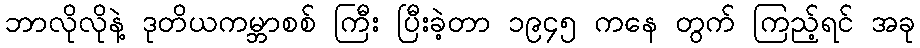
ဘာလိုလိုနဲ့ ဒုတိယကမ္ဘာစစ် ကြီး ပြီးခဲ့တာ ၁၉၄၅ ကနေ တွက် ကြည့်ရင် အခု